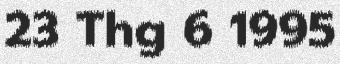
23 Thg 6 1995